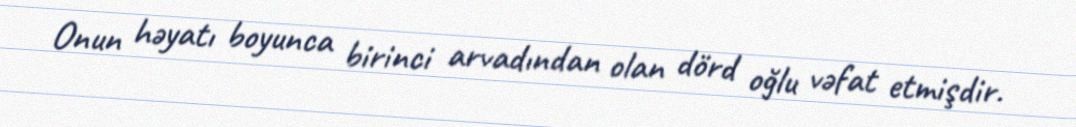
Onun həyatı boyunca birinci arvadından olan dörd oğlu vəfat etmişdir.